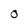
Character: O